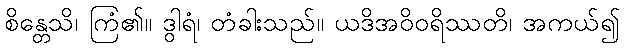
စိန္တေသိ၊ ကြံ၏။ ဒွါရံ၊ တံခါးသည်။ ယဒိအဝိဝရိဿတိ၊ အကယ်၍